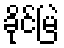
ခိုင်မြဲ